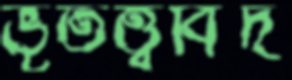
ভূতত্ত্ববিদ